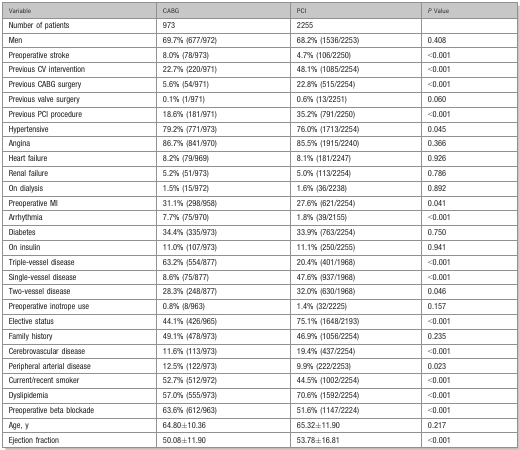
<table><thead><tr><td><b>Variable</b></td><td><b>CABG</b></td><td><b>PCI</b></td><td><b><i>P</i> Value</b></td></tr></thead><tbody><tr><td>Number of patients</td><td>973</td><td>2255</td><td></td></tr><tr><td>Men</td><td>69.7% (677/972)</td><td>68.2% (1536/2253)</td><td>0.408</td></tr><tr><td>Preoperative stroke</td><td>8.0% (78/973)</td><td>4.7% (106/2250)</td><td>&lt;0.001</td></tr><tr><td>Previous CV intervention</td><td>22.7% (220/971)</td><td>48.1% (1085/2254)</td><td>&lt;0.001</td></tr><tr><td>Previous CABG surgery</td><td>5.6% (54/971)</td><td>22.8% (515/2254)</td><td>&lt;0.001</td></tr><tr><td>Previous valve surgery</td><td>0.1% (1/971)</td><td>0.6% (13/2251)</td><td>0.060</td></tr><tr><td>Previous PCI procedure</td><td>18.6% (181/971)</td><td>35.2% (791/2250)</td><td>&lt;0.001</td></tr><tr><td>Hypertensive</td><td>79.2% (771/973)</td><td>76.0% (1713/2254)</td><td>0.045</td></tr><tr><td>Angina</td><td>86.7% (841/970)</td><td>85.5% (1915/2240)</td><td>0.366</td></tr><tr><td>Heart failure</td><td>8.2% (79/969)</td><td>8.1% (181/2247)</td><td>0.926</td></tr><tr><td>Renal failure</td><td>5.2% (51/973)</td><td>5.0% (113/2254)</td><td>0.786</td></tr><tr><td>On dialysis</td><td>1.5% (15/972)</td><td>1.6% (36/2238)</td><td>0.892</td></tr><tr><td>Preoperative MI</td><td>31.1% (298/958)</td><td>27.6% (621/2254)</td><td>0.041</td></tr><tr><td>Arrhythmia</td><td>7.7% (75/970)</td><td>1.8% (39/2155)</td><td>&lt;0.001</td></tr><tr><td>Diabetes</td><td>34.4% (335/973)</td><td>33.9% (763/2254)</td><td>0.750</td></tr><tr><td>On insulin</td><td>11.0% (107/973)</td><td>11.1% (250/2255)</td><td>0.941</td></tr><tr><td>Triple‐vessel disease</td><td>63.2% (554/877)</td><td>20.4% (401/1968)</td><td>&lt;0.001</td></tr><tr><td>Single‐vessel disease</td><td>8.6% (75/877)</td><td>47.6% (937/1968)</td><td>&lt;0.001</td></tr><tr><td>Two‐vessel disease</td><td>28.3% (248/877)</td><td>32.0% (630/1968)</td><td>0.046</td></tr><tr><td>Preoperative inotrope use</td><td>0.8% (8/963)</td><td>1.4% (32/2225)</td><td>0.157</td></tr><tr><td>Elective status</td><td>44.1% (426/965)</td><td>75.1% (1648/2193)</td><td>&lt;0.001</td></tr><tr><td>Family history</td><td>49.1% (478/973)</td><td>46.9% (1056/2254)</td><td>0.235</td></tr><tr><td>Cerebrovascular disease</td><td>11.6% (113/973)</td><td>19.4% (437/2254)</td><td>&lt;0.001</td></tr><tr><td>Peripheral arterial disease</td><td>12.5% (122/973)</td><td>9.9% (222/2253)</td><td>0.023</td></tr><tr><td>Current/recent smoker</td><td>52.7% (512/972)</td><td>44.5% (1002/2254)</td><td>&lt;0.001</td></tr><tr><td>Dyslipidemia</td><td>57.0% (555/973)</td><td>70.6% (1592/2254)</td><td>&lt;0.001</td></tr><tr><td>Preoperative beta blockade</td><td>63.6% (612/963)</td><td>51.6% (1147/2224)</td><td>&lt;0.001</td></tr><tr><td>Age, y</td><td>64.80±10.36</td><td>65.32±11.90</td><td>0.217</td></tr><tr><td>Ejection fraction</td><td>50.08±11.90</td><td>53.78±16.81</td><td>&lt;0.001</td></tr></tbody></table>